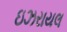
ઇઝરાયલ